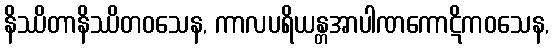
နိဿိတာနိဿိတဝသေန, ကာလပရိယန္တအာပါဏကောဋိကဝသေန,